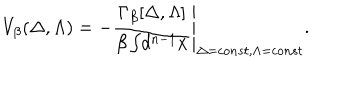
LaTeX: V _ { \beta } ( \Delta , \Lambda ) = - \left. \frac { \Gamma _ { \beta } [ \Delta , \Lambda ] } { \beta \int \! d ^ { n - 1 } x } \right| _ { \Delta = c o n s t , \Lambda = c o n s t } .